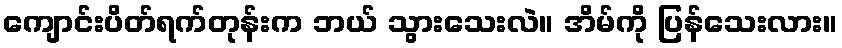
ကျောင်းပိတ်ရက်တုန်းက ဘယ် သွားသေးလဲ။ အိမ်ကို ပြန်သေးလား။